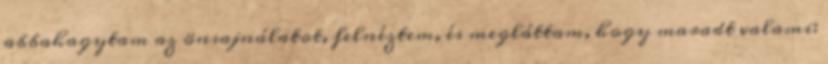
abbahagytam az önsajnálatot, felnéztem, és megláttam, hogy maradt valami: